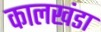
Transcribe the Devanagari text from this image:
कालखंडा